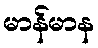
မာန်မာန